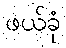
ဖယ်ခုံ